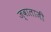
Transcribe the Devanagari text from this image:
ज्‍वालाजी